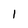
Character: l